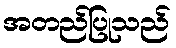
အတည်ပြုသည်